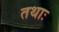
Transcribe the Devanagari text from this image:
तथाः